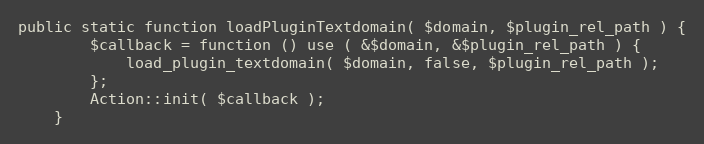
Language: PHP
public static function loadPluginTextdomain( $domain, $plugin_rel_path ) {
		$callback = function () use ( &$domain, &$plugin_rel_path ) {
			load_plugin_textdomain( $domain, false, $plugin_rel_path );
		};
		Action::init( $callback );
	}